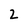
Character: 2